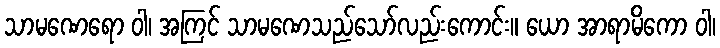
သာမဏေရော ဝါ၊ အကြင် သာမဏေသည်သော်လည်းကောင်း။ ယော အာရာမိကော ဝါ၊